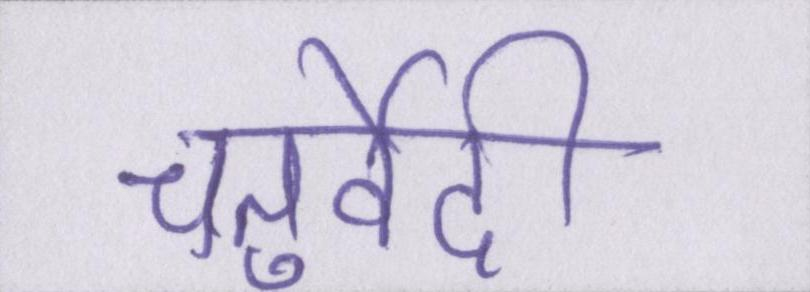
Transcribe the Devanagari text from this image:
चतुर्वेदी